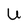
Character: U